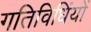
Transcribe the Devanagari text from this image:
गतिविधिंयों